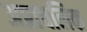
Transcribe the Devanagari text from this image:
अप्राचलिक